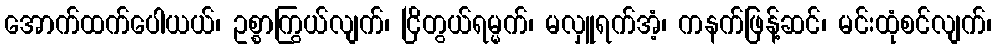
အောက်ထက်ပေါယယ်၊ ဥစ္စာကြွယ်လျက်၊ ငြိတွယ်ရမ္မက်၊ မလှူရက်အံ့၊ ကနက်ဖြန့်ဆင်၊ မင်းထုံစင်လျက်၊